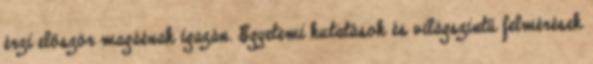
érzi először magáénak igazán. Egyetemi kutatások és világszintű felmérések